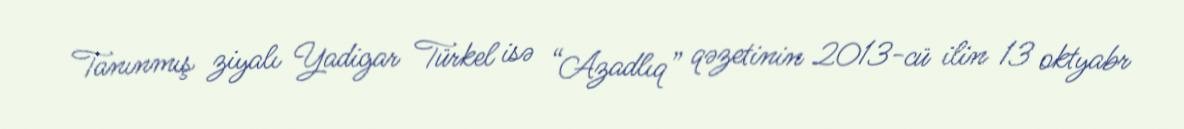
Tanınmış ziyalı Yadigar Türkel isə “Azadlıq” qəzetinin 2013-cü ilin 13 oktyabr